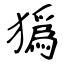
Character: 㺔